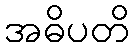
အဓိပတိ